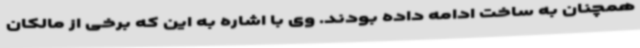
همچنان به ساخت ادامه داده بودند. وی با اشاره به این که برخی از مالکان